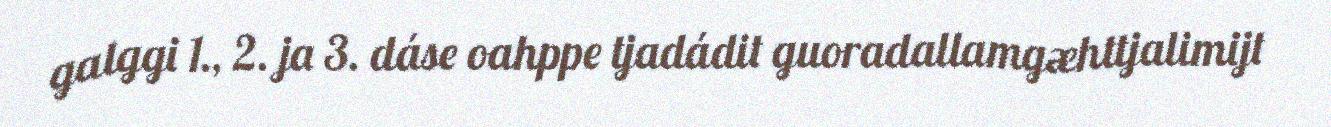
galggi 1., 2. ja 3. dáse oahppe tjadádit guoradallamgæhttjalimijt